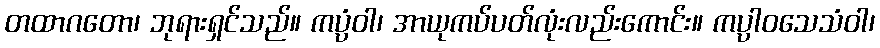
တထာဂတော၊ ဘုရားရှင်သည်။ ကပ္ပံဝါ၊ အာယုကပ်ပတ်လုံးလည်းကောင်း။ ကပ္ပါဝသေသံဝါ၊